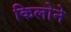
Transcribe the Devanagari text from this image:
किलोने